Medical and sanitary report of the native army of Bengal for the year
Year: 1876
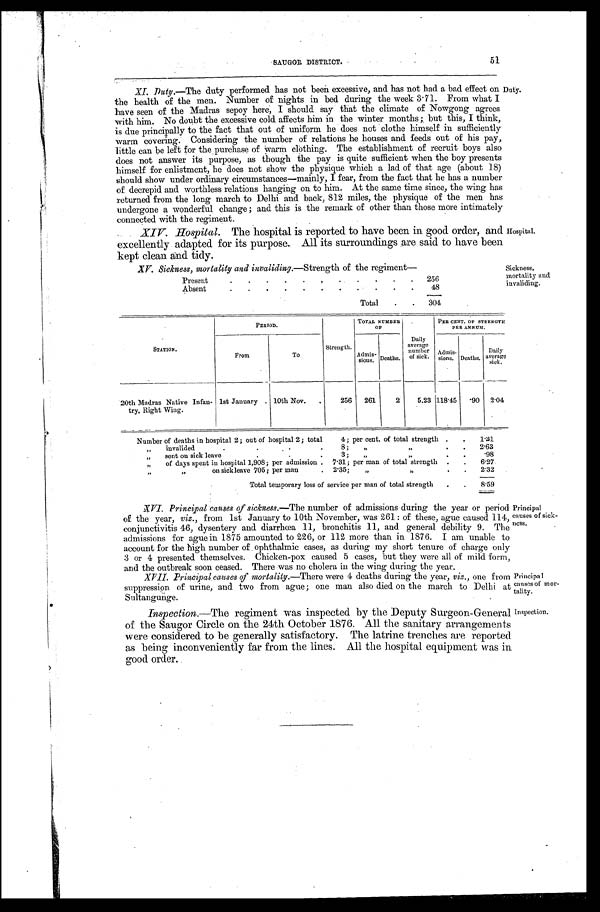
51
SAUGOR DISTRICT.
XI Duty .—The duty performed has not been excessive, and has not had a bad effect on Duty,
the health of the men. Number of nights in bed during the week 3.71. From what I
have seen of the Madras sepoy here, I should say that the climate of Nowgong agrees
with him. No doubt the excessive cold affects him in the winter months but this, I think,
is due principally to the fact that out of uniform he does not clothe himself in sufficiently
warm covering. Considering the number of relations he houses and feeds out of his pay,
little can be left for the purchase of warm clothing. The establishment of recruit boys also
does not answer its purpose, as though the pay is quite sufficient when the boy presents
himself for enlistment, he does not show the physique which a lad of that age (about 18)
should show under ordinary circumstances—mainly, I fear, from the fact that he has a number
of decrepid and worthless relations hanging on to him. At the same time since, the wing has
returned from the long march to Delhi and back, 812 miles, the physique of the men has
undergone a wonderful. change; and this is the remark of other than those more intimately
connected with the regiment.
XIV. Hospital . The hospital is reported to have been in good order, and
excellently adapted for its purpose. All its surroundings are said to have been
kept clean and tidy.
X V . S i c k n e s s , m o r t a l i t y a n d i n v a l i d i n g.
— S t r e n g t h o f t h e r e g i m e n t —
P r e s e n t . . .
256
Absent . . .
48
Total . . .
304
Hospital.
Sickness,
mortality and
invaliding.
STATION.
PERIOD.
Strength.
TOTAL NUMBER.
OF
Daily
average
number
of sick.
PER CENT OF STRENGTH
PER ANNUM.
From
To
Admis-
sions. Deaths.
Admis-
sions. Deaths.
Daily
average
sick.
20th Madras Native Infan-
try, Right Wing.
1st January . . . 10th Nov. . . .
256
261
2
5.23 118.45
.90
2.04
Number of deaths in hospital 2; out of hospital.2; total 4; per cent of total strength . . .
1.31
" I n v a l i d e d . . . 8 " " . . .
2.63
"sent on sick leave . . . 3; " " . . .
. 9 8
" of days spent in hospital 1,908; per admission . . . 7.31; per man of total strength . . .
6.27
" " on sick leave 705; per man . . . 2.35; " " . . .
2.32
Total temporary loss of service per man of total strength
. . .
8.59
XVI Principal causes of sickness .—The number of admissions during the year or period
of the year, viz ., from 1st January to 10th November, was 261: of these, ague caused 114,
conjunctivitis 46, dysentery and diarrhœa 11, bronchitis 11, and general debility 9. The
admissions for ague in 1875 amounted to 226, or 112 more than in 1876. I am unable to
account for the high number of ophthalmic cases, as during my short tenure of charge only
3 or 4 presented themselves. Chicken-pox caused 5 cases, but they were all of mild form,
and the outbreak soon ceased. There was no cholera in the wing during the year.
Principal
causes of sick
-ness.
XVII. Principal causes of mortality .—There were 4 deaths during the year, viz ., one from
suppression of urine, and two from ague; one man also died on the march to Delhi at
Sultangunge.
Principal
causes of mo
r-tality.
Inspection .—The regiment was inspected by the Deputy Surgeon-General
of the Saugor Circle on the 24th October 1876. All the sanitary arrangements
were considered to be generally satisfactory. The latrine trenches are reported
as being inconveniently far from the lines. All the hospital equipment was in
good order.
Inspection.